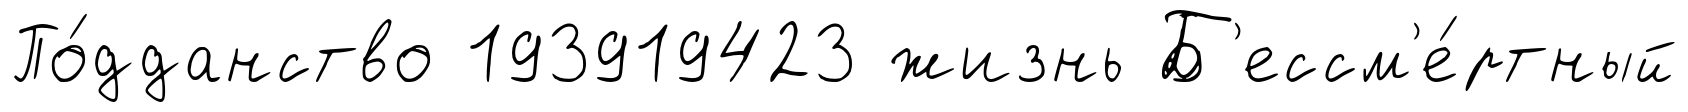
По́дданство 193919423 жизнь Б'ессм'е́ртный